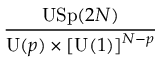
{ \frac { \mathrm { U S p } ( 2 N ) } { \mathrm { U } ( p ) \times [ \mathrm { U } ( 1 ) ] ^ { N - p } } }